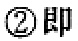
\textcircled{2} 即